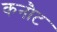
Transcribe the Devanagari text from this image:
कनौट